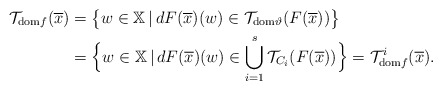
\begin{align*} \mathcal{T}_{{\rm dom}f}(\overline{x}) &=\big\{w\in\mathbb{X}\,|\, dF(\overline{x})(w)\in\mathcal{T}_{{\rm dom}\vartheta}(F(\overline{x}))\big\}\\ &=\Big\{w\in\mathbb{X}\,|\, dF(\overline{x})(w)\in\bigcup\limits_{i=1}^s\mathcal{T}_{C_i}(F(\overline{x}))\Big\}=\mathcal{T}_{{\rm dom}f}^{i}(\overline{x}). \end{align*}